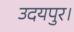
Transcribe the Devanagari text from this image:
उदयपुर।